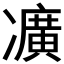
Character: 𠘛